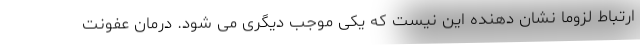
ارتباط لزوما نشان دهنده این نیست که یکی موجب دیگری می شود. درمان عفونت